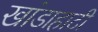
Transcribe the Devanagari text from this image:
खांडाहाटी